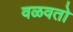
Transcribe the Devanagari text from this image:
वळवतो